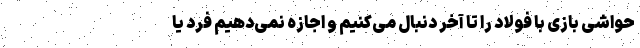
حواشی بازی با فولاد را تا آخر دنبال می‌کنیم و اجازه نمی‌دهیم فرد یا